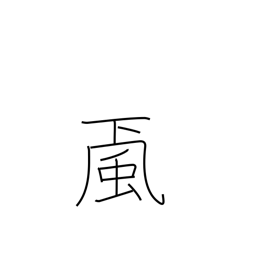
Meaning: wind from mountains